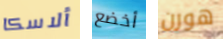
ألاسكا أخضع هورن